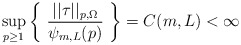
\begin{align*} \sup_{p \ge 1} \left\{ \ \frac{||\tau||_{p,\Omega}}{\psi_{m,L}(p)} \ \right\} = C(m,L) < \infty\end{align*}